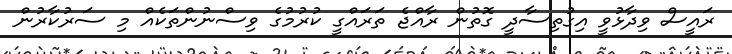
ރައީސް ވިދާޅުވީ އިގުތިސާދީ ގޮތުން ރާއްޖެ ތަރައްގީ ކުރުމުގެ ވިސްނުންތަކެއް މި ސަރުކާރުން